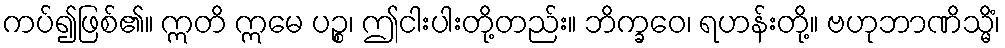
ကပ်၍ဖြစ်၏။ ဣတိ ဣမေ ပဉ္စ၊ ဤငါးပါးတို့တည်း။ ဘိက္ခဝေ၊ ရဟန်းတို့။ ဗဟုဘာဏိသ္မိံ၊